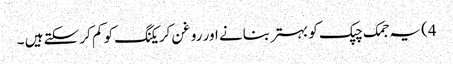
4) یہ جمک چپک کو بہتر بنانے اور روغن کریکنگ کو کم کر سکتے ہیں ۔